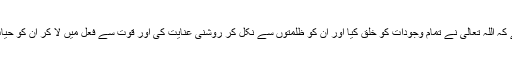
حقیقت یہ ہے کہ اللہ تعالی نے تمام وجودات کو خلق کیا اور ان کو ظلمتوں سے نکل کر روشنی عنایت کی اور قوت سے فعل میں لا کر ان کو حیات و بقاء دی۔